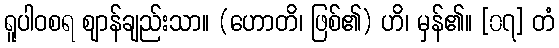
ရူပါဝစရ ဈာန်ချည်းသာ။ (ဟောတိ၊ ဖြစ်၏) ဟိ၊ မှန်၏။ [၀၇] တံ